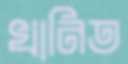
খানিত